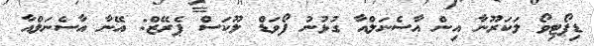
ޑިޕޯޓިވޯ ލަކަރޫނާ އިން އާސެނަލްއާ ގުޅުނު ފޯވަޑް ލޫކަސް ޕެރޭޒް: އޭނާ އާސެނަލްއާ